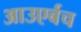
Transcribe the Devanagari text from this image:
आउएर्बच